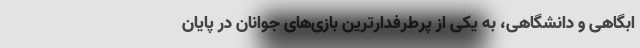
ابگاهی و دانشگاهی، به یکی از پرطرفدارترین بازی‌های جوانان در پایان